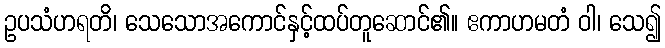
ဥပသံဟရတိ၊ သေသောအကောင်နှင့်ထပ်တူဆောင်၏။ ဧကာဟမတံ ဝါ၊ သေ၍